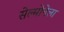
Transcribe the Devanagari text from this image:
सेल्मोनेला